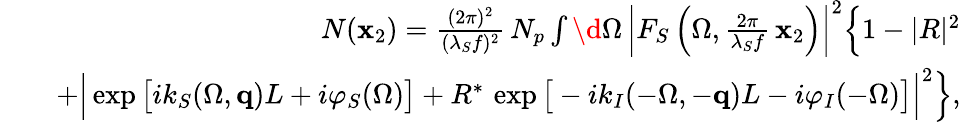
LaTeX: \begin{array}{rlr}&{}&{N({\mathbf x}_{2})=\frac{(2\pi)^{2}}{(\lambda_{S}f)^{2}}\, N_{p}\int\d\Omega\, \left|F_{S}\left(\Omega,\frac{2\pi}{\lambda_{S}f}\, {\mathbf x}_{2}\right)\right|^{2}\Big\{ 1-|R|^{2}}\\ &{}&{+\Big|\exp\big[ik_{S}(\Omega,{\mathbf q})L+i\varphi_{S}(\Omega)\big]+R^{*}\, \exp\big[-ik_{I}(-\Omega,-{\mathbf q})L-i\varphi_{I}(-\Omega)\big]\Big|^{2}\Big\} ,}\end{array}